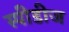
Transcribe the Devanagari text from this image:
स्पीडीज